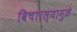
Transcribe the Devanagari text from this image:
विचारल्यामुळे